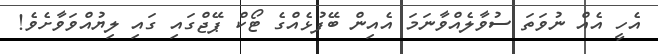
އެހީ އެއް ނުވަތަ ސުވާލެއްވާނަމަ އެއިން ބޭފުޅެއްގެ ޓޯކް ޕޭޖްގައި ގައި ލިޔުއްވަވާށެވެ!